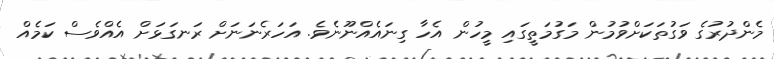
މެންދުރުގެ ވަގުތަކަށްވުމުން މަގުމަތީގައި މީހުން އެހާ ގިނައެއްނޫނެވެ. އަހަރެނަނަށް ރަނގަޅަށް އެއްވެސް ކަމެއް